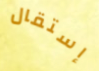
إستقال